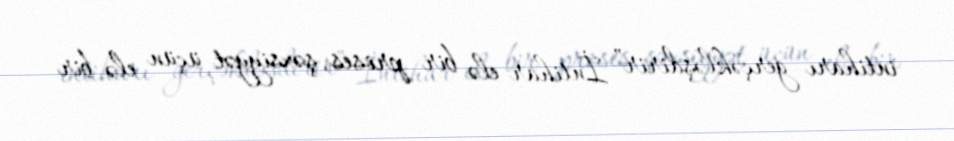
intiharı gerçəkləşdirir” İntihar elə bir proses, şəxsiyyət üçün elə bir